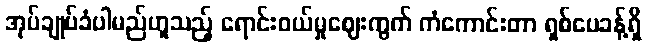
အုပ်ချုပ်ခံပါမည်ဟူသည့် ရောင်းဝယ်မှုဈေးကွက် ကံကောင်းတာ ရှစ်ပေခန့်ရှိ